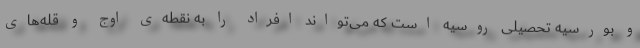
و بورسیه تحصیلی روسیه است که می‌تواند افراد را به نقطه‌ی اوج و قله‌های